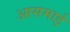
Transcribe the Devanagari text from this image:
आसमाई